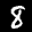
Label: 8